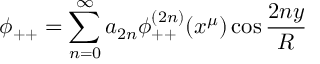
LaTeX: \phi _ { + + } = \sum _ { n = 0 } ^ { \infty } a _ { 2 n } \phi _ { + + } ^ { ( 2 n ) } ( x ^ { \mu } ) \cos \frac { 2 n y } { R }